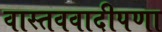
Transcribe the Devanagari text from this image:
वास्तववादीपणा